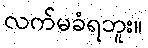
လက်မခံရဘူး။